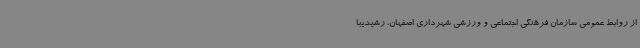
از روابط عمومی سازمان فرهنگی اجتماعی و ورزشی شهرداری اصفهان، رشیدیبا